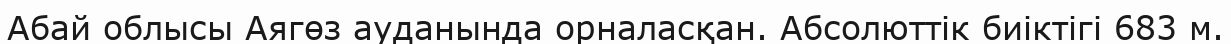
Абай облысы Аягөз ауданында орналасқан. Абсолюттік биіктігі 683 м.